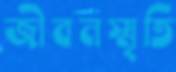
জীবনস্মৃতি